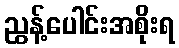
ညွန့်ပေါင်းအစိုးရ